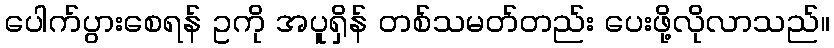
ပေါက်ပွားစေရန် ဥကို အပူရှိန် တစ်သမတ်တည်း ပေးဖို့လိုလာသည်။